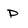
Character: P